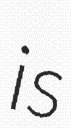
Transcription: is